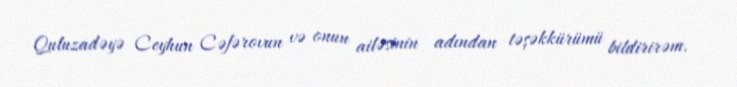
Quluzadəyə Ceyhun Cəfərovun və onun ailəsinin adından təşəkkürümü bildirirəm.